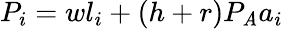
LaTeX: P_{i}=wl_{i}+(h+r)P_{\mathit{A}}a_{i}